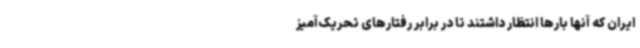
ایران که آنها بارها انتظار داشتند تا در برابر رفتارهای تحریک‌آمیز